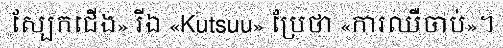
ស្បែកជើង» រីឯ «Kutsuu» ប្រែថា «ការឈឺចាប់»។